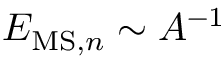
E _ { \mathrm { M S } , n } \sim A ^ { - 1 }